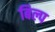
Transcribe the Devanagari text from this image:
बिल्प